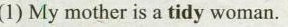
(1) My mother is a tidy woman.